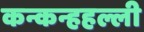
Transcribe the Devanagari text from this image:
कन्कन्हहल्ली